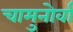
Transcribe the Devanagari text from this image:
चामुनोर्वा